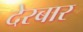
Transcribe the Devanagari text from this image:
देरबार